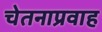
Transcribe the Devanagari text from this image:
चेतनाप्रवाह